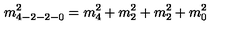
m _ { 4 - 2 - 2 - 0 } ^ { 2 } = m _ { 4 } ^ { 2 } + m _ { 2 } ^ { 2 } + m _ { 2 } ^ { 2 } + m _ { 0 } ^ { 2 }